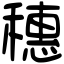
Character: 穗